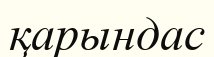
қарындас